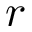
r